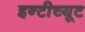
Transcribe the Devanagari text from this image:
इन्टीच्यूट